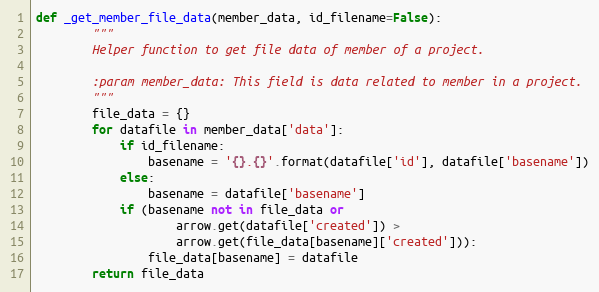
Language: Python
def _get_member_file_data(member_data, id_filename=False):
        """
        Helper function to get file data of member of a project.

        :param member_data: This field is data related to member in a project.
        """
        file_data = {}
        for datafile in member_data['data']:
            if id_filename:
                basename = '{}.{}'.format(datafile['id'], datafile['basename'])
            else:
                basename = datafile['basename']
            if (basename not in file_data or
                    arrow.get(datafile['created']) >
                    arrow.get(file_data[basename]['created'])):
                file_data[basename] = datafile
        return file_data